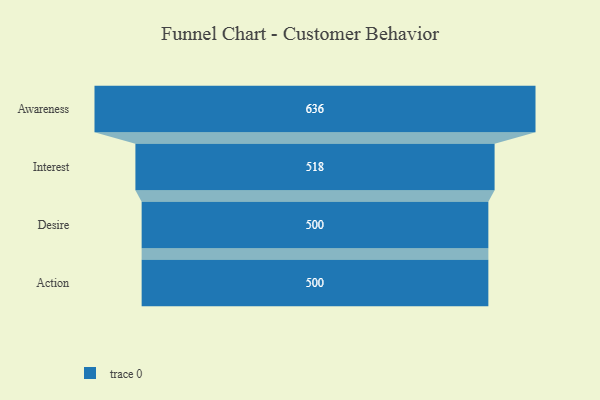
{"axis": {"x": "Stage", "y": "Value"}, "legend": [""], "data": [{"x": "Awareness", "y": 636.0, "type": ""}, {"x": "Interest", "y": 518.0, "type": ""}, {"x": "Desire", "y": 500, "type": ""}, {"x": "Action", "y": 500, "type": ""}]}